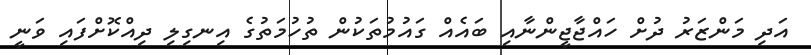
އަދި މަންޒަރު ދުށް ހައްޖާޖީންނާއި ބައެއް ގައުމުތަކުން ތުހުމަތުގެ އިނގިލި ދިއްކޮށްފައި ވަނީ